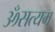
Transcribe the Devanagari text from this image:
ॐसत्यम्